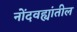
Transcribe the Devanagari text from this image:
नोंदवह्यांतील